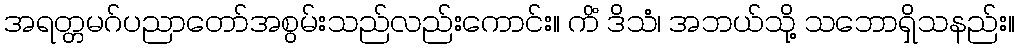
အရတ္တမဂ်ပညာတော်အစွမ်းသည်လည်းကောင်း။ ကိံ ဒိသံ၊ အဘယ်သို့ သဘောရှိသနည်း။